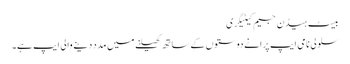
بیسٹ ہیڈن جیم کیٹیگری
سلولی نامی ایپ پرانے دوستوں کے ساتھ کھیلنے میں مدد دینے والی ایپ ہے۔